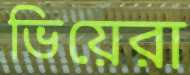
ভিয়েরা